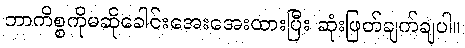
ဘာကိစ္စကိုမဆိုခေါင်းအေးအေးထားပြီး ဆုံးဖြတ်ချက်ချပါ။